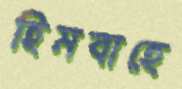
হিমবাহে